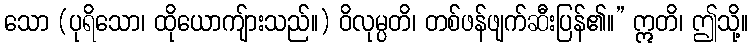
သော (ပုရိသော၊ ထိုယောကျ်ားသည်။) ဝိလုမ္ပတိ၊ တစ်ဖန်ဖျက်ဆီးပြန်၏။” ဣတိ၊ ဤသို့။